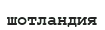
шотландия